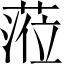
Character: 蒞